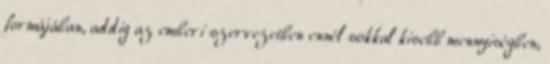
formájában, addig az emberi szervezetben ennél sokkal kisebb mennyiségben,